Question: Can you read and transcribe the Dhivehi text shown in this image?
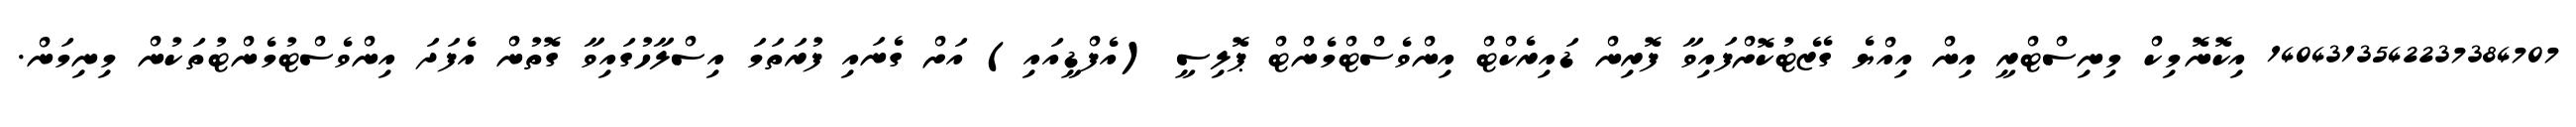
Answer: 1404313542237384707 އިކޮނޮމިކް މިނިސްޓްރީ އިން އިއްޔެ ގެޒެޓުކޮށްފައިވާ ފޮރިން ޑައިރެކްޓް އިންވެސްޓްމެންޓް ޕޮލިސީ (އެފްޑީއައި) އަށް ގެނައި ފުރަތަމަ އިސްލާހުގައިވާ ގޮތުން އެފަދަ އިންވެސްޓުމެންޓުތަކުން މިނިމަން.